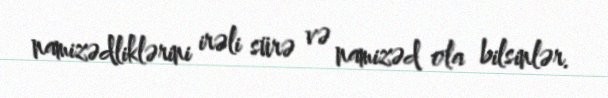
namizədliklərini irəli sürə və namizəd ola bilsinlər.